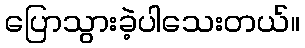
ပြောသွားခဲ့ပါသေးတယ်။